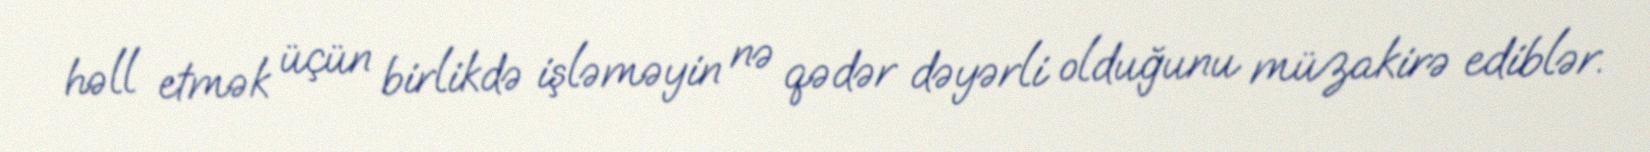
həll etmək üçün birlikdə işləməyin nə qədər dəyərli olduğunu müzakirə ediblər.